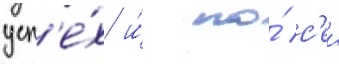
усп'е́х и́ по́ с'еи